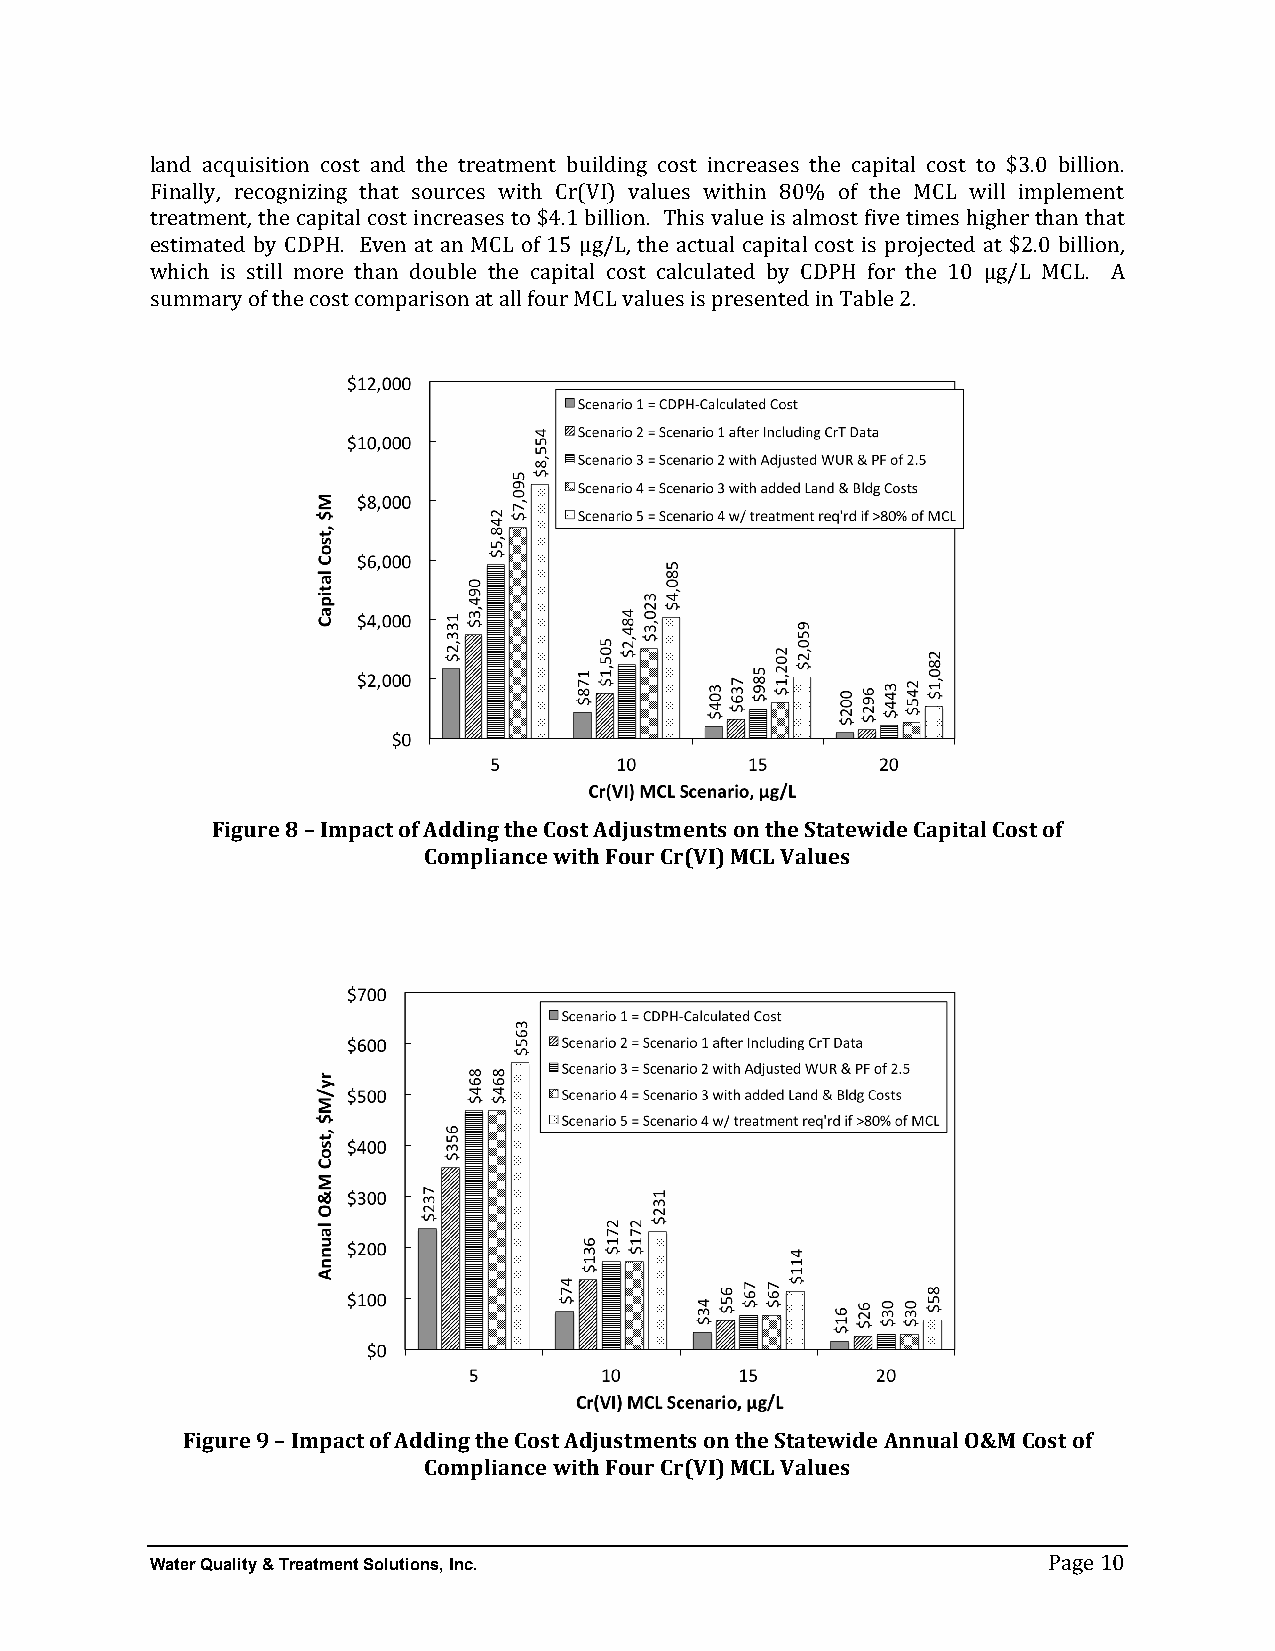
land acquisition cost and the treatment building cost increases the capital cost to $3.0 billion.
 Finally, recognizing that sources with Cr(VI) values within 80% of the MCL will implement
 treatment, the capital cost increases to $4.1 billion. This value is almost five times higher than that
 estimated by CDPH. Even at an MCL of 15 µg/L, the actual capital cost is projected at $2.0 billion,
 which is still more than double the capital cost calculated by CDPH for the 10 µg/L MCL. A
 summary of the cost comparison at all four MCL values is presented in Table 2.
 Figure 8 – Impact of Adding the Cost Adjustments on the Statewide Capital Cost of
 Compliance with Four Cr(VI) MCL Values
 Figure 9 – Impact of Adding the Cost Adjustments on the Statewide Annual O&M Cost of
 Compliance with Four Cr(VI) MCL Values
 Water Quality & Treatment Solutions, Inc.
 Page 10